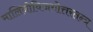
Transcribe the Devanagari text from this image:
मालिनीविजयोत्तरतन्त्र